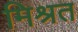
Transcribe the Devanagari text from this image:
मिश्रत